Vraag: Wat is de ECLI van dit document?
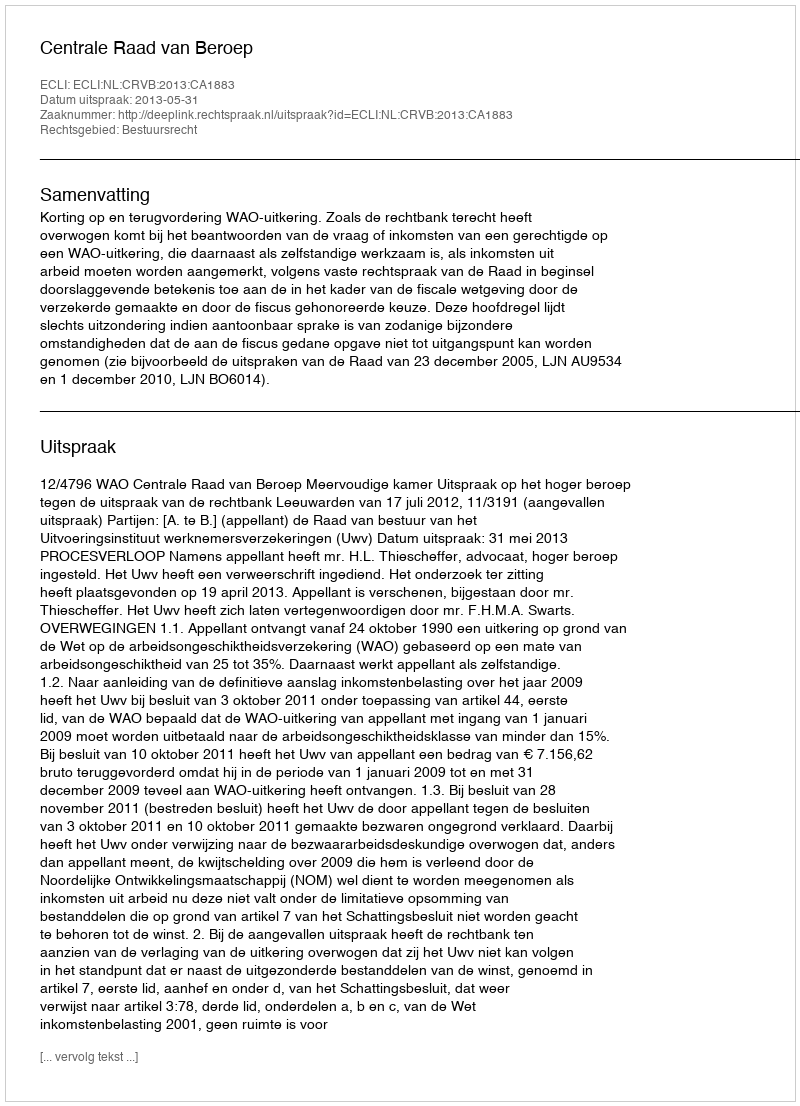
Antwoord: ECLI:NL:CRVB:2013:CA1883